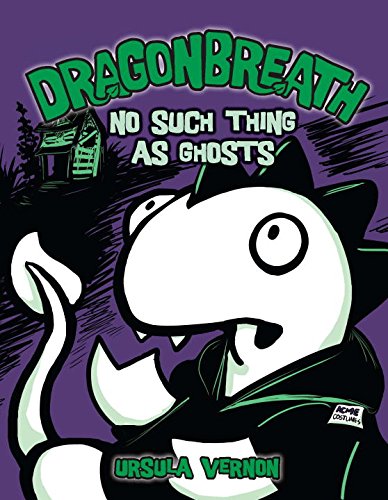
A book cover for Dragonbreath #5: No Such Thing as Ghosts; Ursula Vernon; Children's Books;